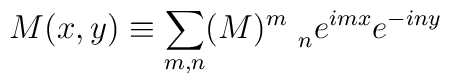
M(x,y)\equiv \sum_{m,n}(M)_{\quad n}^{m}e^{imx}e^{-iny}